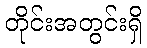
တိုင်းအတွင်းရှိ